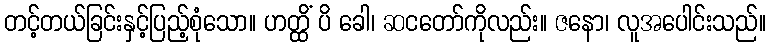
တင့်တယ်ခြင်းနှင့်ပြည့်စုံသော။ ဟတ္ထိံ ပိ ခေါ၊ ဆငတော်ကိုလည်း။ ဇနော၊ လူအပေါင်းသည်။